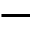
-